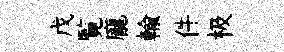
戊覧龐輸件极